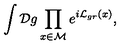
\int { \cal D } g \prod _ { x \in \cal M } e ^ { i { \cal L } _ { g r } ( x ) } ,